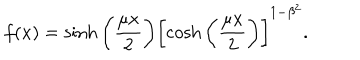
LaTeX: f ( x ) = \sinh { \biggl ( \frac { \mu x } { 2 } \biggr ) } \biggl [ \cosh { \biggl ( \frac { \mu x } { 2 } \biggr ) } \biggr ] ^ { 1 - \beta ^ { 2 } } .